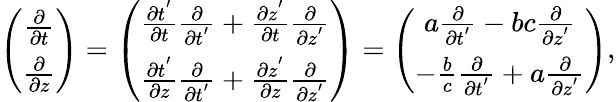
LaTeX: \begin{array}{r}{\left(\begin{array}{c}{\frac{\partial}{\partial t}}\\ {\frac{\partial}{\partial z}}\end{array}\right)=\left(\begin{array}{c}{\frac{\partial t^{'}}{\partial t}\frac{\partial}{\partial t^{'}}+\frac{\partial z^{'}}{\partial t}\frac{\partial}{\partial z^{'}}}\\ {\frac{\partial t^{'}}{\partial z}\frac{\partial}{\partial t^{'}}+\frac{\partial z^{'}}{\partial z}\frac{\partial}{\partial z^{'}}}\end{array}\right)=\left(\begin{array}{c}{a\frac{\partial}{\partial t^{'}}-bc\frac{\partial}{\partial z^{'}}}\\ {-\frac{b}{c}\frac{\partial}{\partial t^{'}}+a\frac{\partial}{\partial z^{'}}}\end{array}\right),}\end{array}